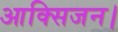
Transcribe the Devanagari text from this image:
आक्सिजन।